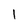
Character: 1